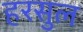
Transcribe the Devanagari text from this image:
हरसुल